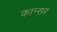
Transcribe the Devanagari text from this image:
कान्सर